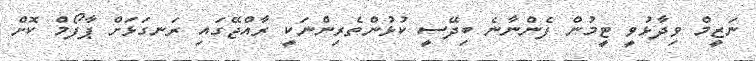
ނަޒީމް ވިދާޅުވީ ޓީމުން ފެންނާނެ ބިދޭސީ ކުޅުންތެރިންނަކީ ރާއްޖޭގައި ރަނގަޅަށް ޕާފޯމް ކޮށް